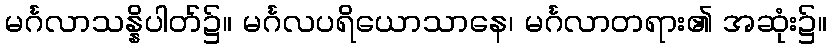
မင်္ဂလာသန္နိပါတ်၌။ မင်္ဂလပရိယောသာနေ၊ မင်္ဂလာတရား၏ အဆုံး၌။